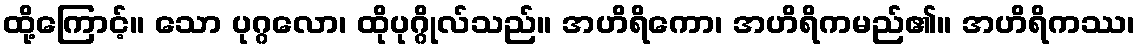
ထို့ကြောင့်။ သော ပုဂ္ဂလော၊ ထိုပုဂ္ဂိုလ်သည်။ အဟိရိကော၊ အဟိရိကမည်၏။ အဟိရိကဿ၊